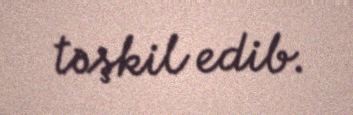
təşkil edib.